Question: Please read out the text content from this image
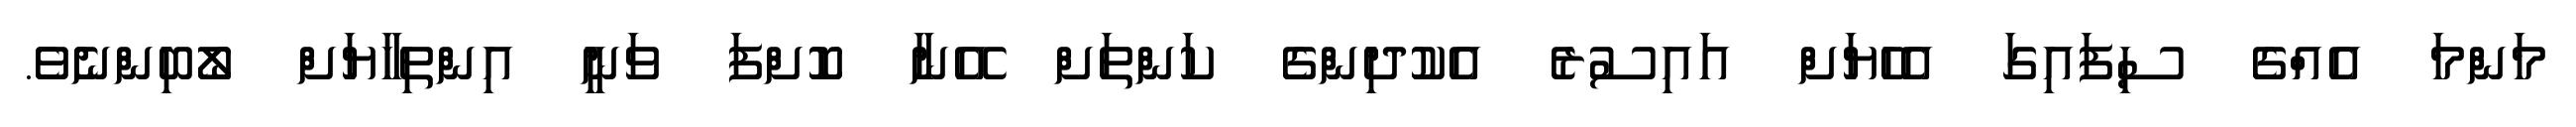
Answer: މަންމަ އެއްގެ ސިފައިގަ އެހެޔަށް އައިސުރެ އެކުދިންގެ ކަންތަށް އޭނާ ކޮށްފަ ވަނީ އިންތިހާޔަށް ލޯބިންނެވެ.